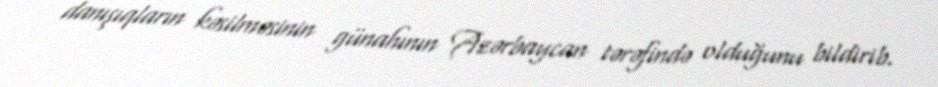
danışıqların kəsilməsinin günahının Azərbaycan tərəfində olduğunu bildirib.